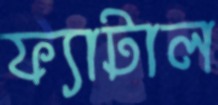
ফ্যাটাল